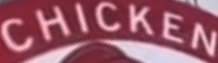
CHICKEN